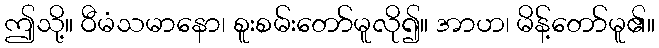
ဤသို့။ ဝီမံသမာနော၊ စူးစမ်းတော်မူလို၍။ အာဟ၊ မိန့်တော်မူ၏။